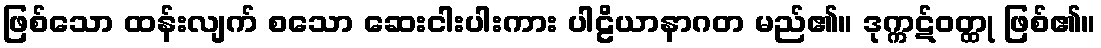
ဖြစ်သော ထန်းလျက် စသော ဆေးငါးပါးကား ပါဠိယာနာဂတ မည်၏။ ဒုက္ကဋ်ဝတ္ထု ဖြစ်၏။